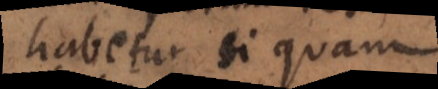
habetur si quam